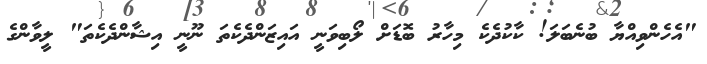
"އެހެންވިއްޔާ ބުނެބަލަ! ކާކުދެކެ މިހާރު ބޮޑަށް ލޯބިވަނީ އައިޒަންދެކެތަ ނޫނީ އިޝާންދެކެތަ" ލީވާންގެ